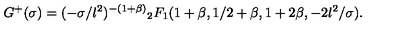
G ^ { + } ( \sigma ) = ( - \sigma / l ^ { 2 } ) ^ { - ( 1 + \beta ) } { } _ { 2 } F _ { 1 } ( 1 + \beta , 1 / 2 + \beta , 1 + 2 \beta , - 2 l ^ { 2 } / \sigma ) .